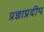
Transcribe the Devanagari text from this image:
प्रज्ञाप्रदीप